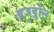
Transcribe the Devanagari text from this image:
ब्रजवुलि